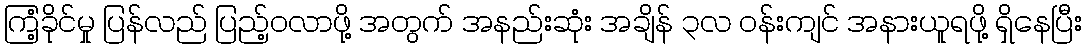
ကြံ့ခိုင်မှု ပြန်လည် ပြည့်ဝလာဖို့ အတွက် အနည်းဆုံး အချိန် ၃လ ဝန်းကျင် အနားယူရဖို့ ရှိနေပြီး